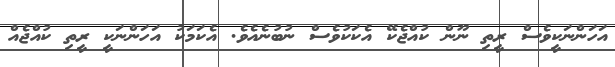
އަހަންނަކީވެސް ރީތި ނޫން ކުއްޖެކޭ އެކަކުވެސް ނުބުނެއެވެ. އެކަމަކު އަހަންނަކީ ރީތި ކުއްޖެއް